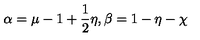
\alpha = \mu - 1 + \frac { 1 } { 2 } \eta , \beta = 1 - \eta - \chi